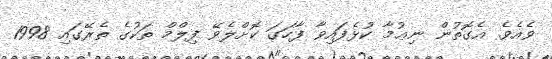
ވެއެވެ. އެގޮތުން ނިޢުމާ ކުޅެފައިވާ ފާހަގަ ކޮށްލެވޭ ފިލްމް ތަކުގެ ތެރޭގައި 1998